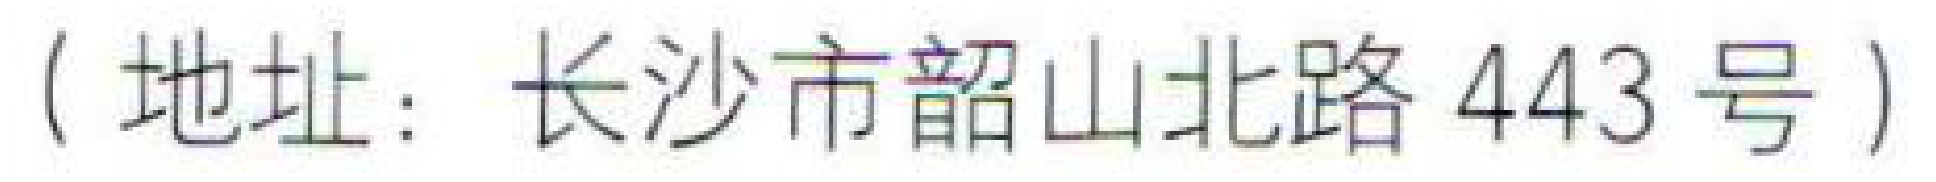
（地址：长沙市韶山北路443号）